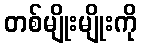
တစ်မျိုးမျိုးကို